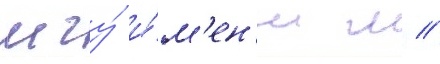
мгу́ и́м'ен'и м //